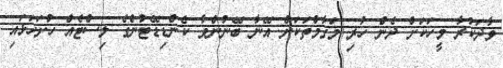
ވާދަކުރާ މީހަކަށް ދެން ހުރި މަގާމްތަކަށް އޭނާ ބޭނުންވާ ކެންޑިޑޭޓުންގެ ލިސްޓެއް ހުށަހަޅައި